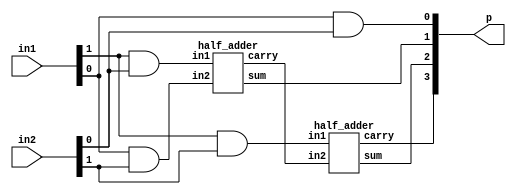
//Developed by: Aashi Srivastava
// TITLE:2-bit multiplier
module multiplier_2bit (in1,in2,p);
input [1:0] in1,in2;
output [3:0] p ;
wire wire1,wire2,wire3,wire4;

and a1 (p[0], in1[0], in2[0]);
and a2 (wire1, in1[1],in2[0]);
and a3(wire2, in1[0], in2[1]);
and a4(wire3, in1[1], in2[1]);
half_adder h1 (p[1], wire4,wire1,wire2);
half_adder h2(p[2],p[3],wire3,wire4);
endmodule

module half_adder (
    sum,carry,in1,in2
);
    input in1,in2;
    output sum,carry;
    assign sum= in1^in2;
    assign carry = in1&in2;    
endmodule